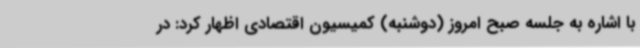
با اشاره به جلسه صبح امروز (دوشنبه) کمیسیون اقتصادی اظهار کرد: در